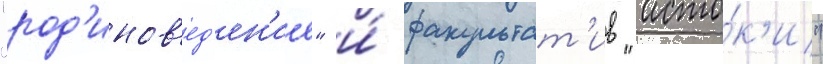
"род'инов'ед'ен'ие" и́ факультат'ив "исто́к'и"